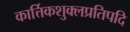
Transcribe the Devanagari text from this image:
कार्त्तिकशुक्लप्रतिपदि